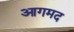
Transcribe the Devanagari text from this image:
आगमद